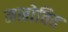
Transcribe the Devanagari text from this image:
मनोविद